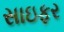
સાઇફર